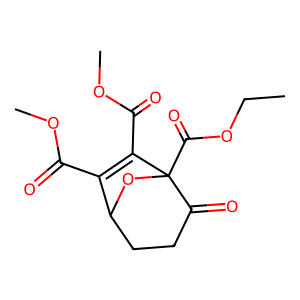
SMILES: CCOC(=O)C12OC(CCC1=O)C(C(=O)OC)=C2C(=O)OC
Inhibits HIV replication: No